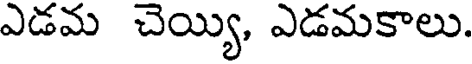
ఎడమ చెయ్యి, ఎడమకాలు.